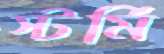
স্টর্মি